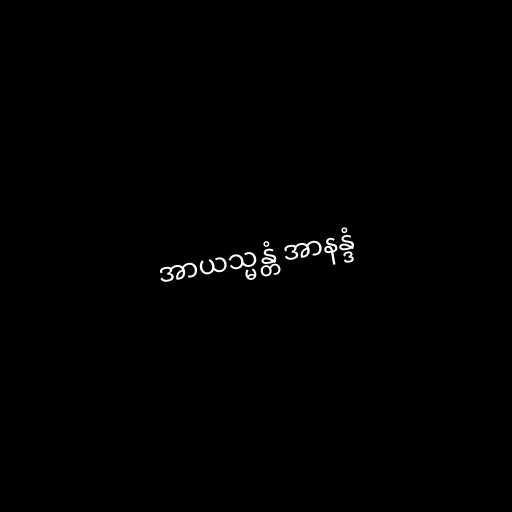
အာယသ္မန္တံ အာနန္ဒံ